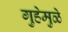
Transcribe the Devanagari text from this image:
गुहेमुळे